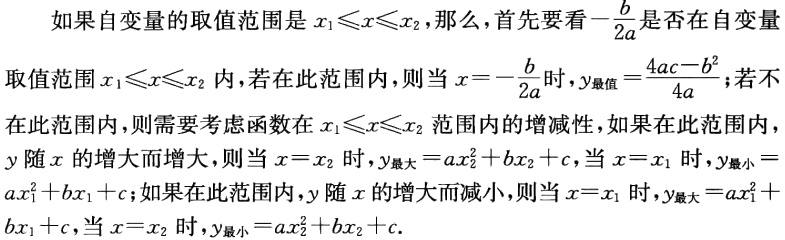
如果自变量的取值范围是\(x_{1}\leqslant x\leqslant x_{2}\)，那么，首先要看\(-\frac{b}{2a}\)是否在自变量取值范围\(x_{1}\leqslant x\leqslant x_{2}\)内，若在此范围内，则当\(x = -\frac{b}{2a}\)时，\(y_{最值}=\frac{4ac - b^{2}}{4a}\)；若不在此范围内，则需要考虑函数在\(x_{1}\leqslant x\leqslant x_{2}\)范围内的增减性，如果在此范围内，\(y\)随\(x\)的增大而增大，则当\(x = x_{2}\)时，\(y_{最大}=ax_{2}^{2}+bx_{2}+c\)，当\(x = x_{1}\)时，\(y_{最小}=ax_{1}^{2}+bx_{1}+c\)；如果在此范围内，\(y\)随\(x\)的增大而减小，则当\(x = x_{1}\)时，\(y_{最大}=ax_{1}^{2}+bx_{1}+c\)，当\(x = x_{2}\)时，\(y_{最小}=ax_{2}^{2}+bx_{2}+c\)。